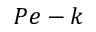
P e - k